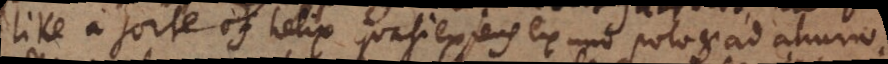
like a sorte of helix quasi exiens ex uno polo et ad alium